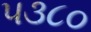
૫૩૮૦